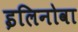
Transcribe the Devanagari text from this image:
इलिनोवा